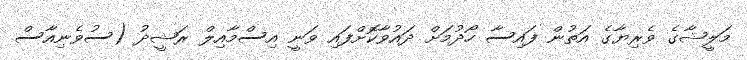
މަލީޝާގެ ވެރިޔާގެ އަތުން ފައިސާ ހޯދުމަށް ދައުވާކޮށްފައި ވަނީ އިސްމާއިލް ރަޝީދު (ސުވެނިއާސް